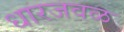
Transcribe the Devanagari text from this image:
धारजवळ